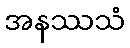
အနဿသံ